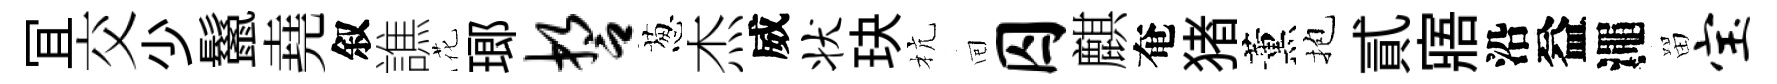
冝交少鬣堯叙譙花瑯誓葱杰威状玦杭囘囚麒奄猪薰抱貳寤沿益澠㽞宝